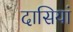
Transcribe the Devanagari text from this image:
दासियां